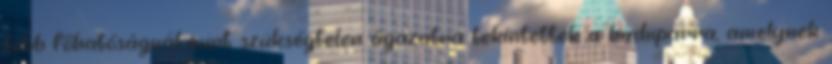
több főhatóságnál mint szükségtelen ágazatra tekintettek a hadiiparra, amelynek